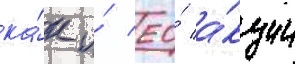
ка́к и́ ео́ а́кции